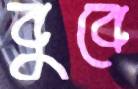
বুবে